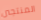
المنتجين